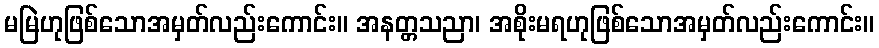
မမြဲဟုဖြစ်သောအမှတ်လည်းကောင်း။ အနတ္တသညာ၊ အစိုးမရဟုဖြစ်သောအမှတ်လည်းကောင်း။